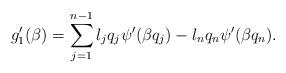
LaTeX: \begin{align*} g_{1}'(\beta)=\sum_{j=1}^{n-1}l_j q_j \psi'(\beta q_j)-l_n q_n \psi'(\beta q_n). \end{align*}